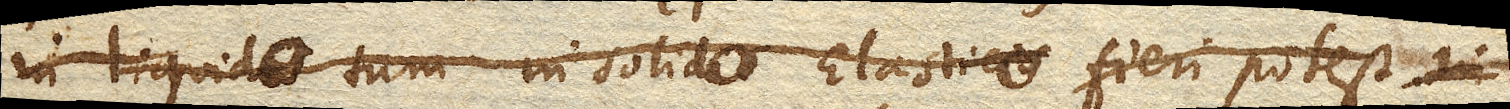
in liquido tum in solido Elastico fieri potest in